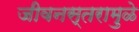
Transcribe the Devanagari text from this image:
जीवनस्तरामुळे